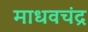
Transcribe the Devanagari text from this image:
माधवचंद्र